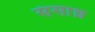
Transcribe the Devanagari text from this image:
संसाध्न